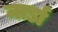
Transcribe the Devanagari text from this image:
नार्डा